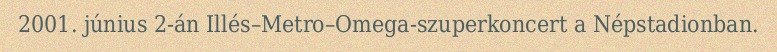
2001. június 2-án Illés–Metro–Omega-szuperkoncert a Népstadionban.